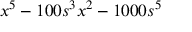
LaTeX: x ^ { 5 } - 1 0 0 s ^ { 3 } x ^ { 2 } - 1 0 0 0 s ^ { 5 }